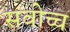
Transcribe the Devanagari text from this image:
सवोच्च